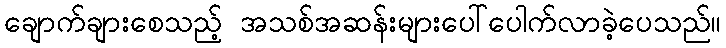
ချောက်ချားစေသည့် အသစ်အဆန်းများပေါ်ပေါက်လာခဲ့ပေသည်။